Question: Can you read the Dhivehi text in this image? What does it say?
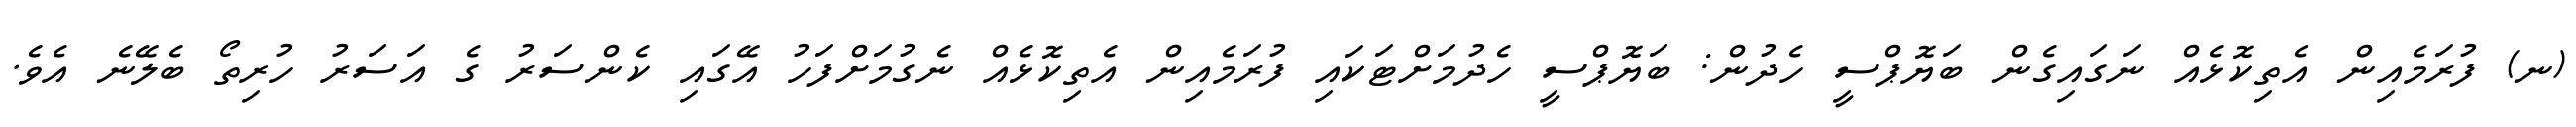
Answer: (ނ) ފުރަމެއިން އެތިކޮޅެއް ނަގައިގެން ބަޔޮޕްސީ ހެދުން: ބަޔޮޕްސީ ހެދުމަށްޓަކައި ފުރަމެއިން އެތިކޮޅެއް ނެގުމަށްފަހު އޭގައި ކެންސަރު ގެ އަސަރު ހުރިތޯ ބެލޭނެ އެވެ.